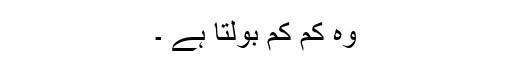
وہ کم کم بولتا ہے ۔